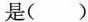
是( )